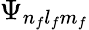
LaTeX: \Psi_{n_{f}l_{f}m_{f}}